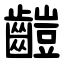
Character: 䶣